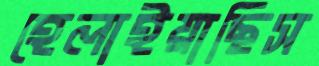
হেলাইয়াছিস